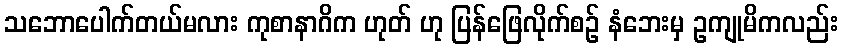
သဘောပေါက်တယ်မလား ကုစာနာဂိက ဟုတ် ဟု ပြန်ဖြေလိုက်စဉ် နံဘေးမှ ဥကျုမိကလည်း